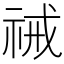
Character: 祴